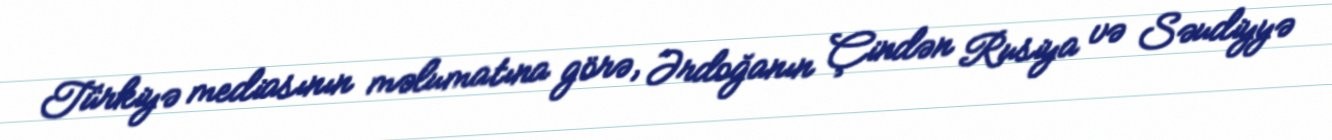
Türkiyə mediasının məlumatına görə, Ərdoğanın Çindən Rusiya və Səudiyyə